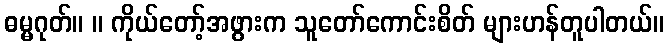
ဓမ္မဂုတ်။ ။ ကိုယ်တော့်အဖွားက သူတော်ကောင်းစိတ် များဟန်တူပါတယ်။